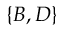
\{ B , D \}